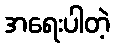
အရေးပါတဲ့